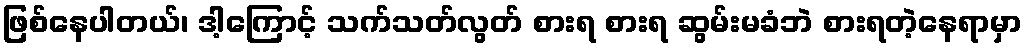
ဖြစ်နေပါတယ်၊ ဒါ့ကြောင့် သက်သတ်လွတ် စားရ စားရ ဆွမ်းမခံဘဲ စားရတဲ့နေရာမှာ